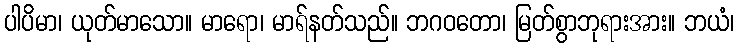
ပါပိမာ၊ ယုတ်မာသော။ မာရော၊ မာရ်နတ်သည်။ ဘဂဝတော၊ မြတ်စွာဘုရားအား။ ဘယံ၊